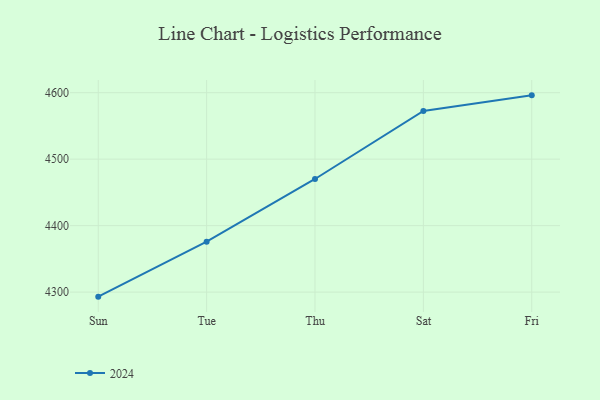
{"axis": {"x": "Day", "y": "LTV (USD)"}, "legend": ["2024"], "data": [{"x": "Sun", "y": 4293.2, "type": "2024"}, {"x": "Tue", "y": 4375.9, "type": "2024"}, {"x": "Thu", "y": 4470.2, "type": "2024"}, {"x": "Sat", "y": 4572.5, "type": "2024"}, {"x": "Fri", "y": 4596.0, "type": "2024"}]}